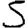
Digit: 5